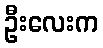
ဦးလေးက